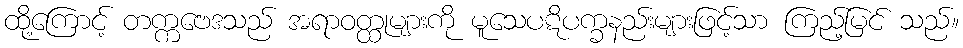
ထို့ကြောင့် တက္ကဗေဒသည် အရာဝတ္ထုများကို မူသေပဋိပက္ခနည်းများဖြင့်သာ ကြည့်မြင် သည်။